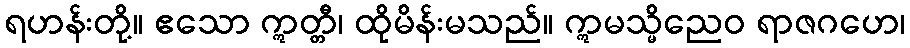
ရဟန်းတို့။ ဧသော ဣတ္တီ၊ ထိုမိန်းမသည်။ ဣမသ္မိညေဝ ရာဇဂဟေ၊